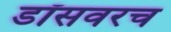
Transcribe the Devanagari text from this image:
डॉसवरच